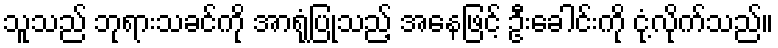
သူသည် ဘုရားသခင်ကို အာရုံပြုသည့် အနေဖြင့် ဦးခေါင်းကို ငုံ့လိုက်သည်။